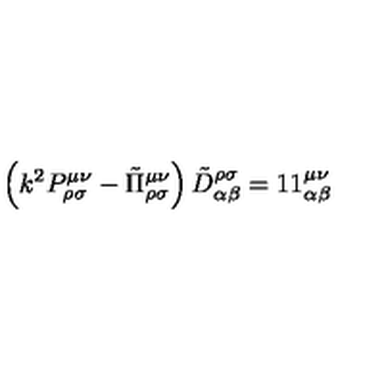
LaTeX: \left( k ^ { 2 } P _ { \rho \sigma } ^ { \mu \nu } - \tilde { \Pi } _ { \rho \sigma } ^ { \mu \nu } \right) \tilde { D } _ { \alpha \beta } ^ { \rho \sigma } = 1 { } 1 _ { \alpha \beta } ^ { \mu \nu }